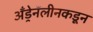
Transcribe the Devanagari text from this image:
अँड्रेनॅलीनकडून